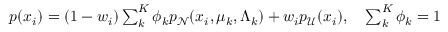
\begin{array} { r } { p ( x _ { i } ) = ( 1 - w _ { i } ) \sum _ { k } ^ { K } \phi _ { k } p _ { \mathcal N } ( x _ { i } , \mu _ { k } , \Lambda _ { k } ) + w _ { i } p _ { \mathcal { U } } ( x _ { i } ) , ~ ~ ~ \sum _ { k } ^ { K } \phi _ { k } = 1 } \end{array}